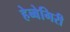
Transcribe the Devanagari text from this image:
हेब्बेगिरी